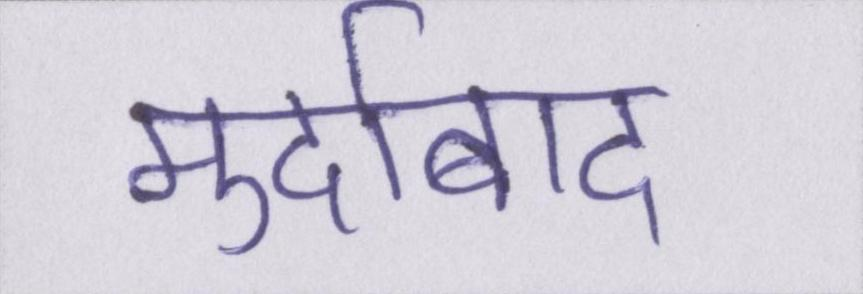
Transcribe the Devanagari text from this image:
मुर्दाबाद